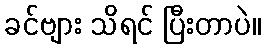
ခင်ဗျား သိရင် ပြီးတာပဲ။